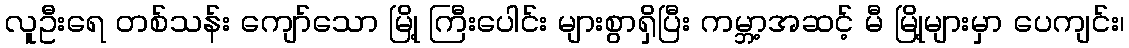
လူဦးရေ တစ်သန်း ကျော်သော မြို့ ကြီးပေါင်း များစွာရှိပြီး ကမ္ဘာ့အဆင့် မီ မြို့များမှာ ပေကျင်း၊